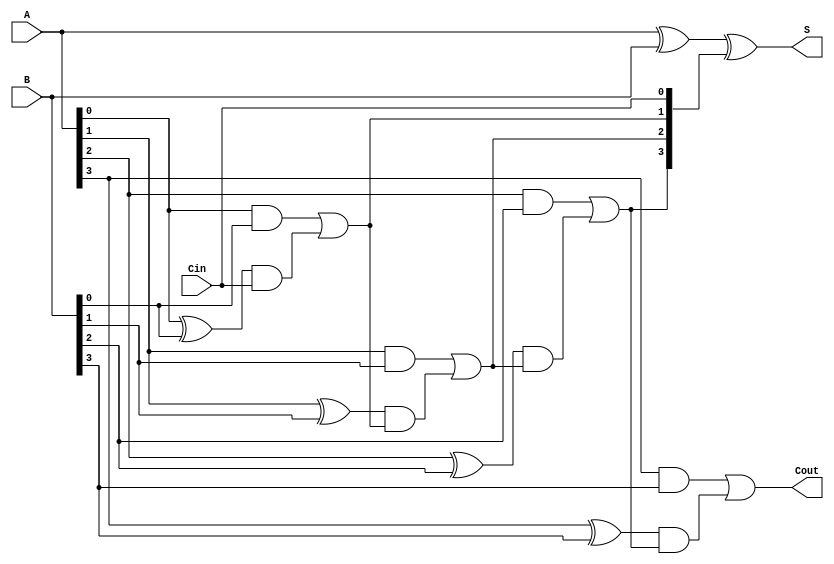
`timescale 1ns / 1ps


module carry_lookahead_adder_4bit(
  input [3:0]A, B, 
  input Cin,
  output [3:0] S,
  output Cout
    );
     wire [3:0] Ci; 
  
  assign Ci[0] = Cin;
  assign Ci[1] = (A[0] & B[0]) | ((A[0]^B[0]) & Ci[0]);
  assign Ci[2] = (A[1] & B[1]) | ((A[1]^B[1]) & ((A[0] & B[0]) | ((A[0]^B[0]) & Ci[0])));
  assign Ci[3] = (A[2] & B[2]) | ((A[2]^B[2]) & ((A[1] & B[1]) | ((A[1]^B[1]) & ((A[0] & B[0]) | ((A[0]^B[0]) & Ci[0])))));
  assign Cout  = (A[3] & B[3]) | ((A[3]^B[3]) & ((A[2] & B[2]) | ((A[2]^B[2]) & ((A[1] & B[1]) | ((A[1]^B[1]) & ((A[0] & B[0]) | ((A[0]^B[0]) & Ci[0])))))));

  assign S = A^B^Ci;
    
endmodule